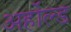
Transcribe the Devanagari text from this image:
अर्होल्ड